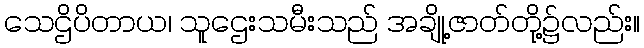
သေဌိပိတာယ၊ သူဌေးသမီးသည် အချို့ဇာတ်တို့၌လည်း။